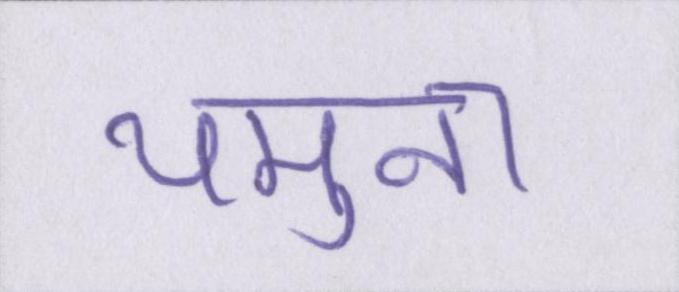
यमुना